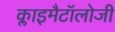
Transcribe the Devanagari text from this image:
क्लाइमैटॉलोजी